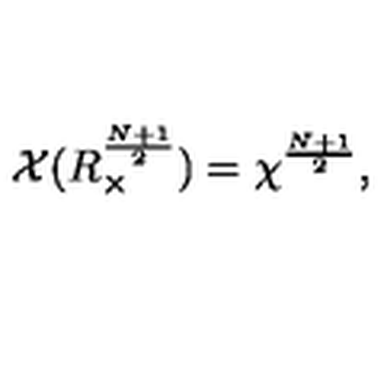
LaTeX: { \cal X } ( R _ { \times } ^ { \frac { N + 1 } { 2 } } ) = { \chi } ^ { \frac { N + 1 } { 2 } } ,